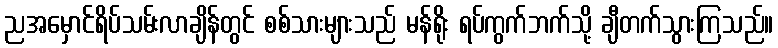
ညအမှောင်ရိပ်သမ်းလာချိန်တွင် စစ်သားများသည် မန်ရိုး ရပ်ကွက်ဘက်သို့ ချီတက်သွားကြသည်။